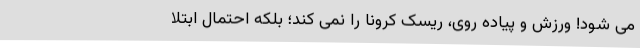
می شود! ورزش و پیاده روی، ریسک کرونا را نمی کند؛ بلکه احتمال ابتلا